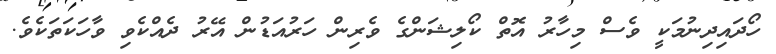
ހޯދައިދިނުމަކީ ވެސް މިހާރު އޮތް ކޯލިޝަންގެ ވެރިން ހަރުއަޑުން އޭރު ދެއްކެވި ވާހަކަތަކެވެ.